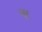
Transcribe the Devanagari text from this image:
बूर